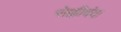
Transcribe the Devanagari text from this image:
सेक्कीदंदा